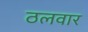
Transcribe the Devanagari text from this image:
ठलवार